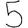
Digit: 5